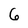
Character: 6